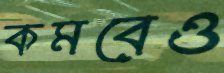
কমবেও